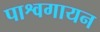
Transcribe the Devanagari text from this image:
पाश्वगायन